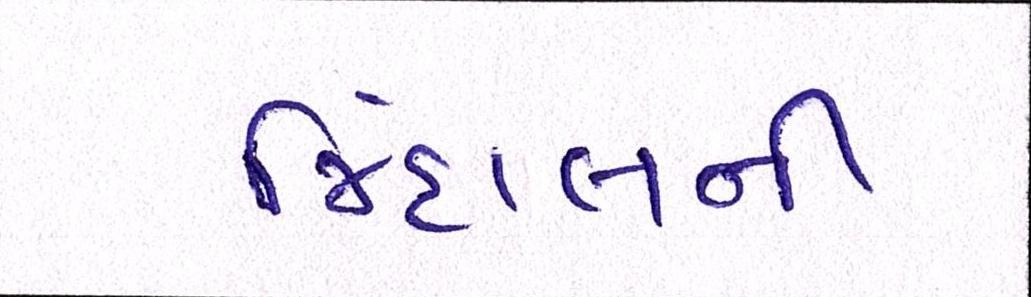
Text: જિંદાલની